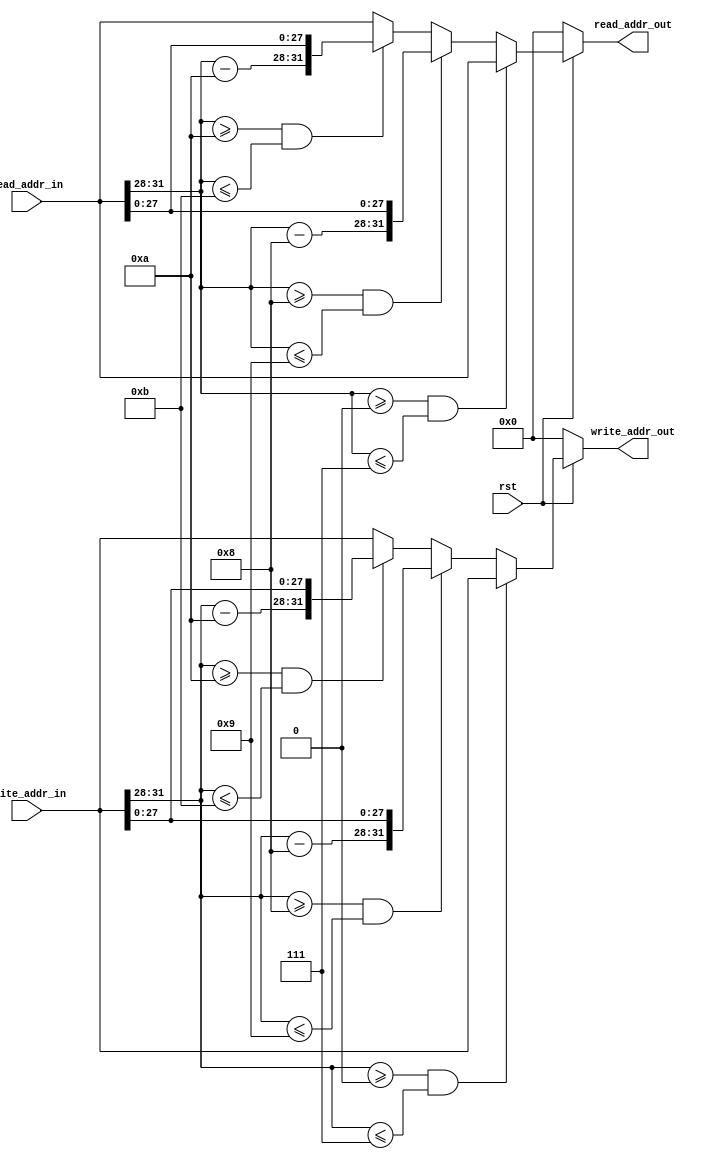
`timescale 1ns / 1ps

`define IN_RANGE(v, l, u) v[31:28] >= (l) && v[31:28] <= (u)

module MMU(
    input rst,
    input [31:0] read_addr_in,
    input [31:0] write_addr_in,
    output reg[31:0] read_addr_out,
    output reg[31:0] write_addr_out
);

    always @(*) begin
        if (!rst) begin
            read_addr_out <= 0;
        end
        else begin
            if (`IN_RANGE(read_addr_in, 4'h0, 4'h7)) begin
                read_addr_out <= read_addr_in;
            end
            else if (`IN_RANGE(read_addr_in, 4'h8, 4'h9)) begin
                read_addr_out <= {read_addr_in[31:28] - 4'h8, read_addr_in[27:0]};
            end
            else if (`IN_RANGE(read_addr_in, 4'ha, 4'hb)) begin
                read_addr_out <= {read_addr_in[31:28] - 4'ha, read_addr_in[27:0]};
            end
            else if (`IN_RANGE(read_addr_in, 4'hc, 4'hd)) begin
                read_addr_out <= read_addr_in;
            end
            else begin   // 32'he000_0000, 32'hffff_ffff
                read_addr_out <= read_addr_in;
            end
        end
    end

    always @(*) begin
        if (!rst) begin
            write_addr_out <= 0;
        end
        else begin
            if (`IN_RANGE(write_addr_in, 4'h0, 4'h7)) begin
                write_addr_out <= write_addr_in;
            end
            else if (`IN_RANGE(write_addr_in, 4'h8, 4'h9)) begin
                write_addr_out <= {write_addr_in[31:28] - 4'h8, write_addr_in[27:0]};
            end
            else if (`IN_RANGE(write_addr_in, 4'ha, 4'hb)) begin
                write_addr_out <= {write_addr_in[31:28] - 4'ha, write_addr_in[27:0]};
            end
            else if (`IN_RANGE(write_addr_in, 4'hc, 4'hd)) begin
                write_addr_out <= write_addr_in;
            end
            else begin   // 32'he000_0000, 32'hffff_ffff
                write_addr_out <= write_addr_in;
            end
        end
    end

endmodule // MMU